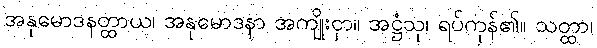
အနုမောဒနတ္ထာယ၊ အနုမောဒနာ အကျိုးငှာ။ အဋ္ဌံသု၊ ရပ်ကုန်၏။ သတ္ထာ၊